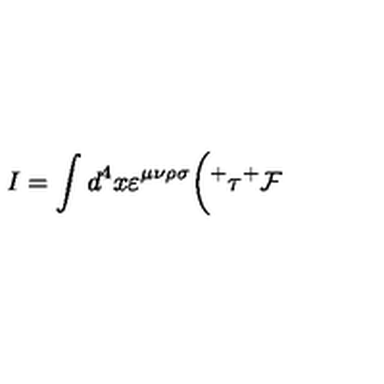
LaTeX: I = \int d ^ { 4 } x \varepsilon ^ { \mu \nu \rho \sigma } \bigg ( { ^ + } \tau { ^ + } { \cal F }